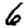
Digit: 6